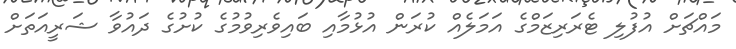
މައްޗަށް އުފުލި ޓެރަރިޒަމްގެ އަމަލެއް ކުރަން އުޅުމާއި ބައިވެރިވުމުގެ ކުށުގެ ދައުވާ ޝަރީއަތަށް